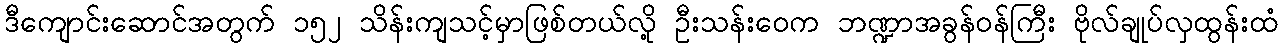
ဒီကျောင်းဆောင်အတွက် ၁၅၂ သိန်းကျသင့်မှာဖြစ်တယ်လို့ ဦးသန်းဝေက ဘဏ္ဍာအခွန်ဝန်ကြီး ဗိုလ်ချုပ်လှထွန်းထံ